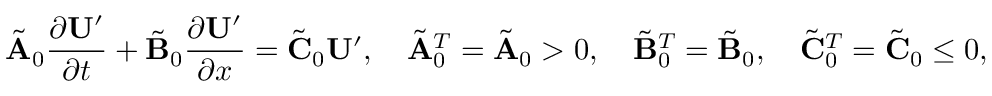
\tilde { \mathbf { A } } _ { 0 } \frac { \partial \mathbf { U } ^ { \prime } } { \partial t } + \tilde { \mathbf { B } } _ { 0 } \frac { \partial \mathbf { U } ^ { \prime } } { \partial x } = \tilde { \mathbf { C } } _ { 0 } \mathbf { U } ^ { \prime } , \quad \tilde { \mathbf { A } } _ { 0 } ^ { T } = \tilde { \mathbf { A } } _ { 0 } > 0 , \quad \tilde { \mathbf { B } } _ { 0 } ^ { T } = \tilde { \mathbf { B } } _ { 0 } , \quad \tilde { \mathbf { C } } _ { 0 } ^ { T } = \tilde { \mathbf { C } } _ { 0 } \le 0 ,